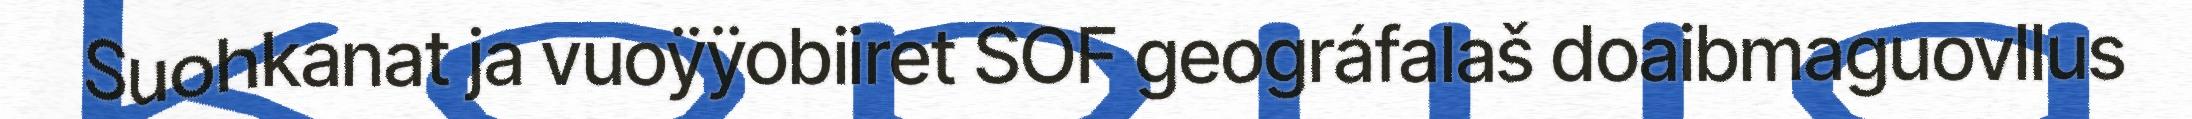
Suohkanat ja vuoÿÿobiiret SOF geográfalaš doaibmaguovllus